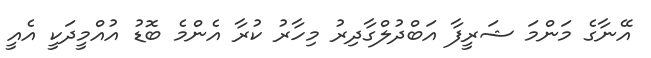
އޭނާގެ މަންމަ ޝަރީފާ އަބްދުލްގާދިރު މިހާރު ކުރާ އެންމެ ބޮޑު އުއްމީދަކީ އެއީ